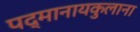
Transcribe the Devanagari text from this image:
पद्मानायकुलाना